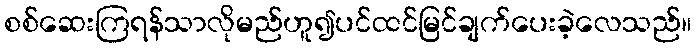
စစ်ဆေးကြရန်သာလိုမည်ဟူ၍ပင်ထင်မြင်ချက်ပေးခဲ့လေသည်။